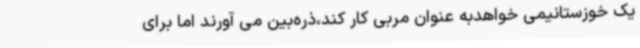
یک خوزستانیمی خواهدبه عنوان مربی کار کند،ذره‌بین می آورند اما برای